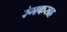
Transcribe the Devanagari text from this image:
रंगफराह